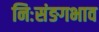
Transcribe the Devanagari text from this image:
निःसंङगभाव